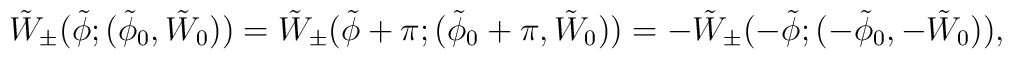
\tilde W_{\pm}(\tilde \phi; (\tilde \phi_0, \tilde W_0))=\tilde W_{\pm}(\tilde \phi+\pi; (\tilde \phi_0+\pi, \tilde W_0))=-\tilde W_{\pm}(-\tilde \phi; (-\tilde \phi_0, -\tilde W_0)),